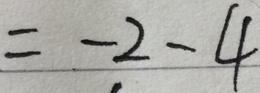
= - 2 - 4